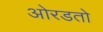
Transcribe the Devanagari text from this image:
ओरडतो